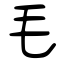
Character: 毛